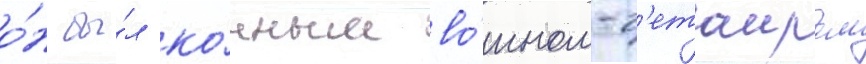
о́н бы́л ко́нным во́ином-г'етаиром